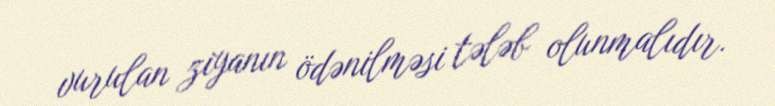
vurulan ziyanın ödənilməsi tələb olunmalıdır.